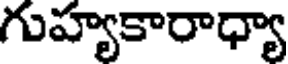
గుహ్యకారాధ్యా